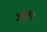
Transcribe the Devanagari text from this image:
उड्वुन